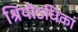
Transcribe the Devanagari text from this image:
श्रियोऽधिकां